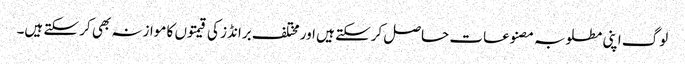
لوگ اپنی مطلوبہ مصنوعات حاصل کرسکتے ہیں اور مختلف برانڈز کی قیمتوں کا موازنہ بھی کر سکتے ہیں۔